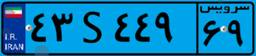
۴۳S۴۴۹۶۹